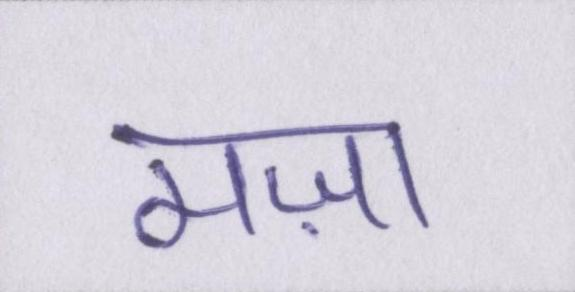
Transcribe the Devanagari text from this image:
मज़ा